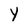
Character: Y